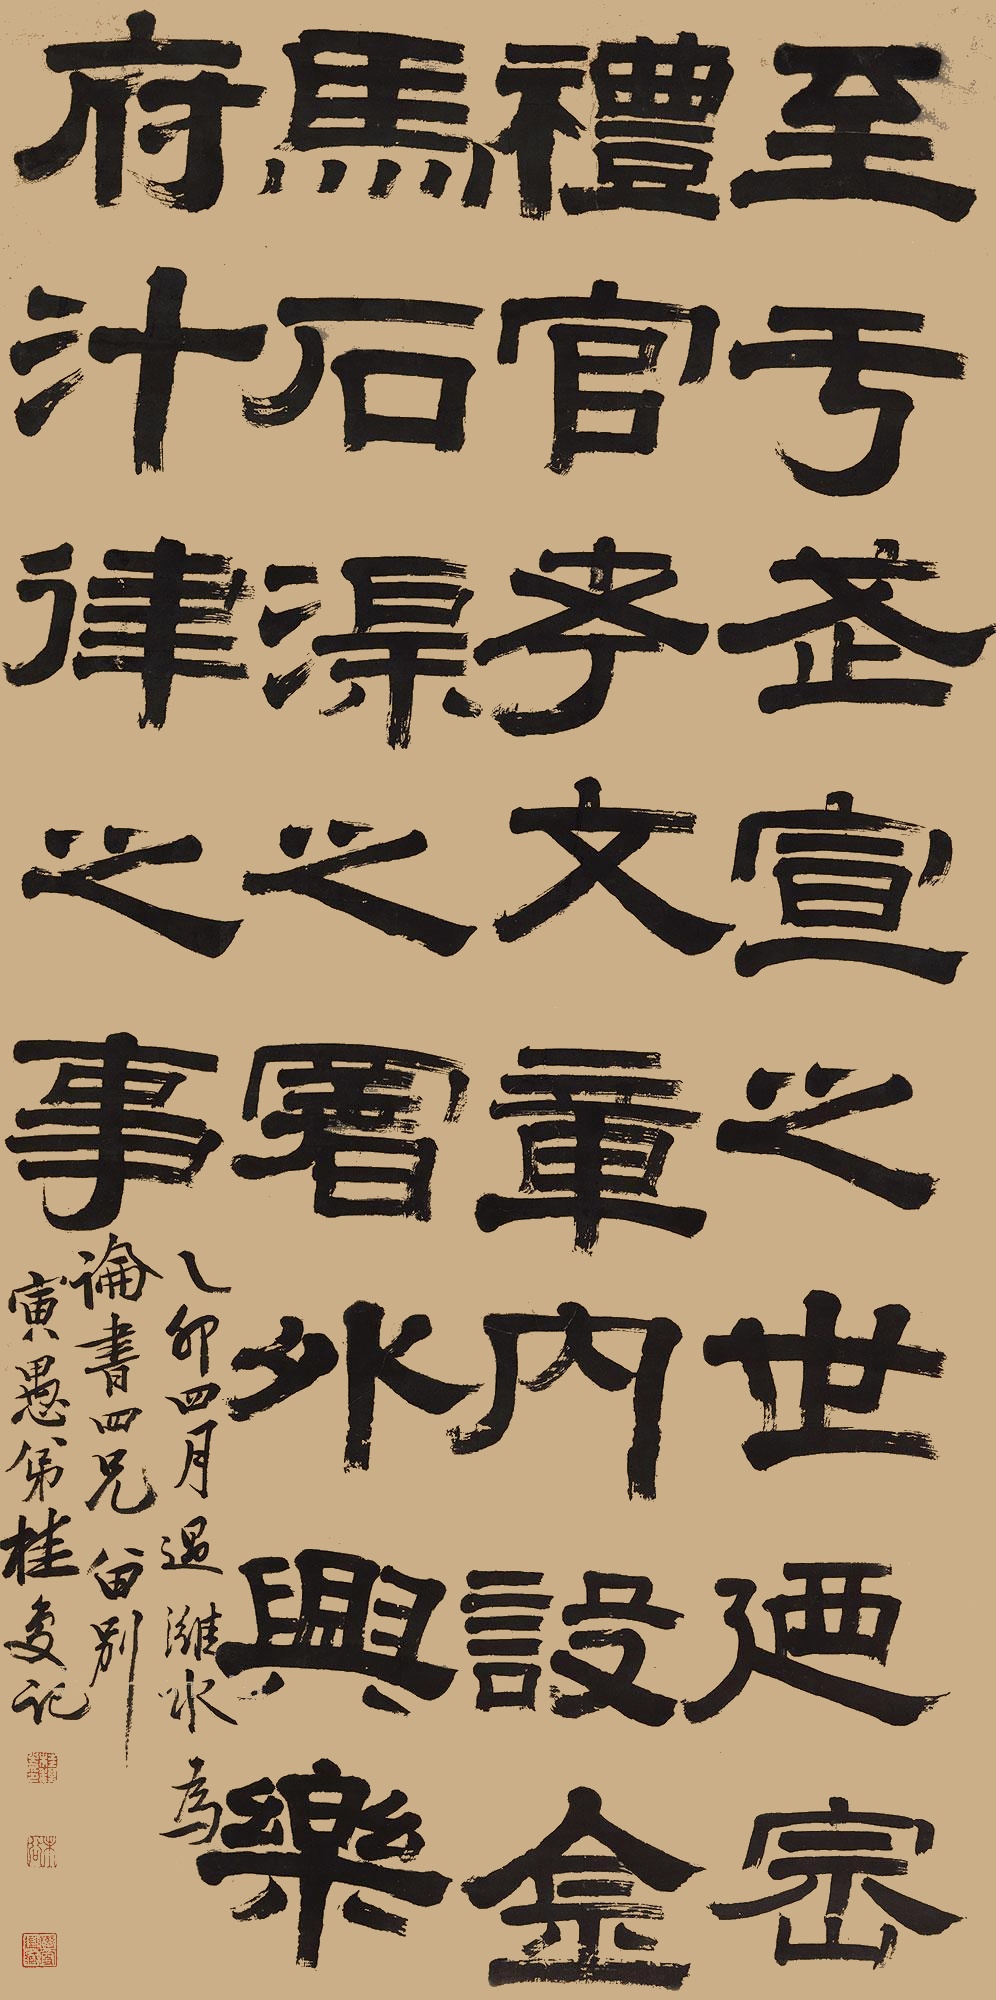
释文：至于武，宣之世，乃崇礼官，考文章。内设金马石渠之署，外兴乐府协律之事。乙卯四月过潍水，为论书四兄留别。寅愚弟桂复记。